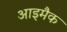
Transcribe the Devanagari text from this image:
आइमैक